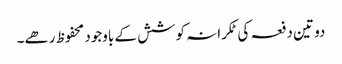
دو تین دفعہ کی ٹکرانہ کوشش کے باوجود محفوظ رھے۔